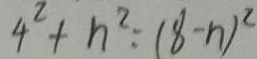
4 ^ { 2 } + n ^ { 2 } : ( 8 - n ) ^ { 2 }